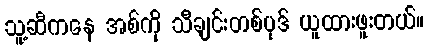
သူ့ဆီကနေ အစ်ကို သီချင်းတစ်ပုဒ် ယူထားဖူးတယ်။